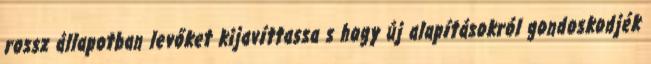
rossz állapotban levőket kijavíttassa s hogy új alapításokról gondoskodjék